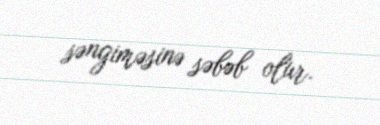
səngiməsinə səbəb olur.